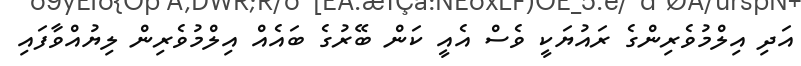
އަދި އިލްމުވެރިންގެ ރައުޔަކީ ވެސް އެއީ ކަން ބޭރުގެ ބައެއް އިލްމުވެރިން ލިޔުއްވާފައި